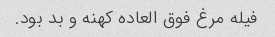
فیله مرغ فوق العاده کهنه و بد بود.